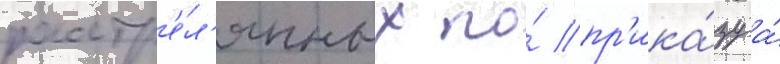
расстр'е́л'янных по́ пр'ика́зу а́